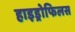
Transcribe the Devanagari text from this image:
हाइड्रोफिलस